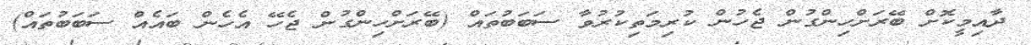
ދާއިމީކޮށް ބޭރަށްހިންގުން ޖެހުން ކުރިމަތިކުރުވާ ސަބަބުތައް (ބޭރަށްހިންގުން ޖެހޭ އެހެން ބައެއް ސަބަބުތައް)